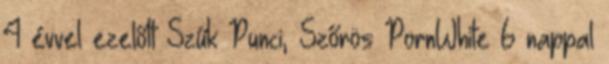
4 évvel ezelőtt Szűk Punci, Szőrös PornWhite 6 nappal